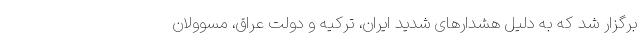
برگزار شد که به دلیل هشدارهای شدید ایران، ترکیه و دولت عراق، مسوولان